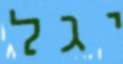
יגל